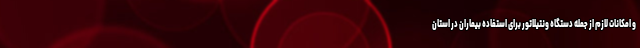
و امکانات لازم از جمله دستگاه ونتیلاتور برای استفاده بیماران در استان